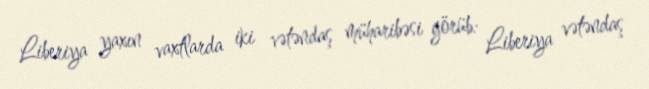
Liberiya yaxın vaxtlarda iki vətəndaş müharibəsi görüb: Liberiya vətəndaş